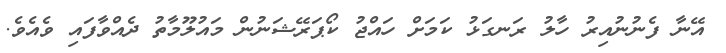
އޭނާ ފެނުނުއިރު ހާލު ރަނގަޅު ކަމަށް ހައްޖު ކޯޕަރޭޝަނުން މައުލޫމާތު ދެއްވާފައި ވެއެވެ.